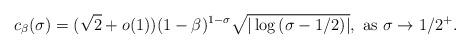
LaTeX: \begin{align*}c_{\beta}(\sigma) = (\sqrt{2} +o(1))(1-\beta)^{1-\sigma}\sqrt{|\log{(\sigma-1/2)}|}, \textrm{ as } \sigma \to 1/2^{+}.\end{align*}